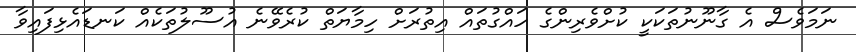
ނަމަވެސް އެ ގާނޫނުތަކަކީ ކުށްވެރިންގެ ހައްގުތައް އިތުރަށް ހިމާޔަތް ކުރެވޭނެ އުސޫލުތަކެއް ކަނޑައެޅިފައިވާ